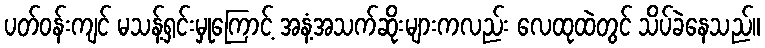
ပတ်ဝန်းကျင် မသန့်ရှင်းမှုကြောင့် အနံ့အသက်ဆိုးများကလည်း လေထုထဲတွင် သိပ်ခဲနေသည်။